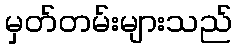
မှတ်တမ်းများသည်